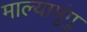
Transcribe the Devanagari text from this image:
माल्यामुंगु